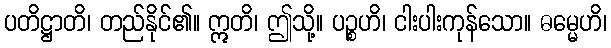
ပတိဋ္ဌာတိ၊ တည်နိုင်၏။ ဣတိ၊ ဤသို့။ ပဉ္စဟိ၊ ငါးပါးကုန်သော။ ဓမ္မေဟိ၊